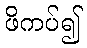
ဖိကပ်၍